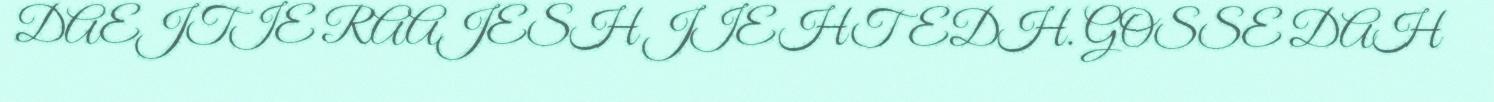
DAEJTIE RAAJESH JIEHTEDH. GOSSE DAH